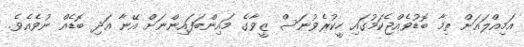
އަމިއްލައަށް ތިމާ ބޮޑުވެއްޖެކަމުގައި ހީކުރެވުނަސް ޒީވާގެ މައިންބަފައިންނަށް އޭނާ އަދި ބޮޑެއް ނުވެއެވެ.